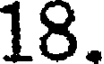
18.